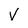
Character: V